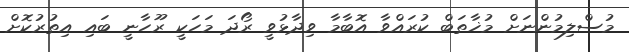
މުސްލިމުންނަށް މުޚާތަބް ކުރައްވާ އޮބާމާ ވިދާޅުވީ ރޯދަ މަހަކީ ރޫހާނީ ބައި އިތުރުކޮށް